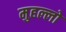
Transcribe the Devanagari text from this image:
मुहल्लो